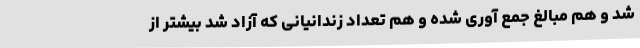
شد و هم مبالغ جمع آوری شده و هم تعداد زندانیانی که آزاد شد بیشتر از